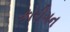
કોરીગન